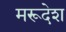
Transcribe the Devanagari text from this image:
मरूदेश